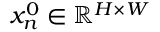
x _ { n } ^ { 0 } \in \mathbb { R } ^ { H \times W }